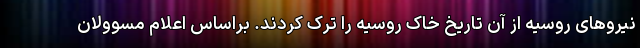
نیروهای روسیه از آن تاریخ خاک روسیه را ترک کردند. براساس اعلام مسوولان